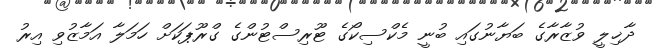
ދާޚިލީ ވުޒާރާގެ ބަޔާނުގައި ބުނީ މެކްސިކޯގެ ޓޫރިސްޓުންގެ ގްރޫޕަކަށް ހަމަލާ އަމާޒުވި އިރު